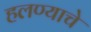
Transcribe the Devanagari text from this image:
हलण्याचे